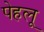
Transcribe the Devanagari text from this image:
पेहलू